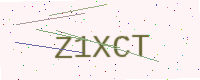
Text: Z1XCT